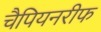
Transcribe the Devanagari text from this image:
चैपियनरीफ